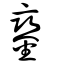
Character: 鑾